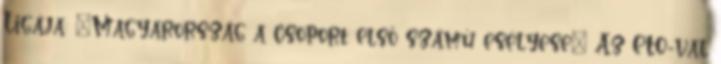
Ligája: „Magyarország a csoport első számú esélyese” Az ETO-val